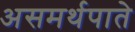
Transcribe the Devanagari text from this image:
असमर्थपाते